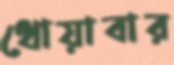
ধোয়াবার